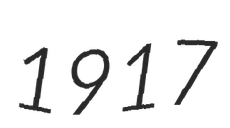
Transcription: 1917